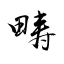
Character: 畴